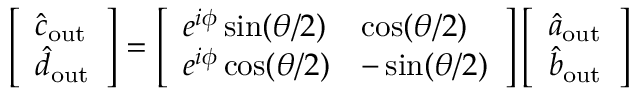
\left[ \begin{array} { l } { \hat { c } _ { \mathrm { o u t } } } \\ { \hat { d } _ { \mathrm { o u t } } } \end{array} \right] = \left[ \begin{array} { l l } { e ^ { i \phi } \sin ( \theta / 2 ) } & { \cos ( \theta / 2 ) } \\ { e ^ { i \phi } \cos ( \theta / 2 ) } & { - \sin ( \theta / 2 ) } \end{array} \right] \left[ \begin{array} { l } { \hat { a } _ { \mathrm { o u t } } } \\ { \hat { b } _ { \mathrm { o u t } } } \end{array} \right]